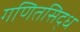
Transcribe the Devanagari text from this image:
गणितसिद्ध